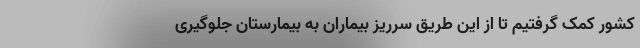
کشور کمک گرفتیم تا از این طریق سرریز بیماران به بیمارستان جلوگیری